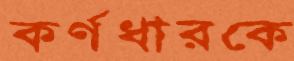
কর্ণধারকে